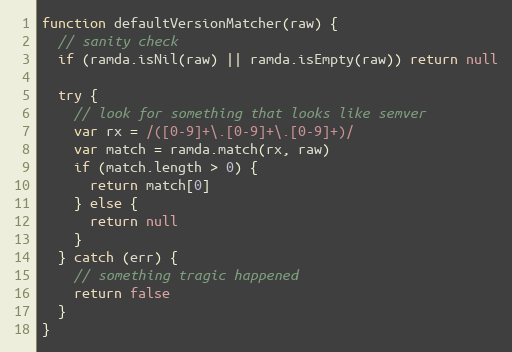
Language: JavaScript
function defaultVersionMatcher(raw) {
  // sanity check
  if (ramda.isNil(raw) || ramda.isEmpty(raw)) return null

  try {
    // look for something that looks like semver
    var rx = /([0-9]+\.[0-9]+\.[0-9]+)/
    var match = ramda.match(rx, raw)
    if (match.length > 0) {
      return match[0]
    } else {
      return null
    }
  } catch (err) {
    // something tragic happened
    return false
  }
}